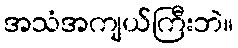
အသံအကျယ်ကြီးဘဲ။